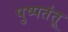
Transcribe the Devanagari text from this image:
पुष्पतंतू